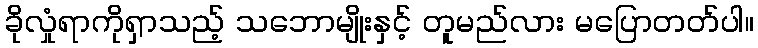
ခိုလှုံရာကိုရှာသည့် သဘောမျိုးနှင့် တူမည်လား မပြောတတ်ပါ။